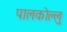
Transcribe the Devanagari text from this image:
पालकोल्लु